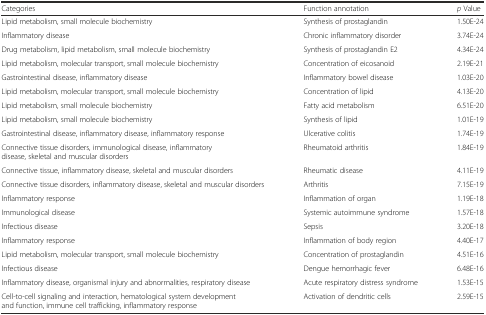
| Categories | Function annotation | p Value |
 | --- | --- | --- |
 | Lipid metabolism, small molecule biochemistry | Synthesis of prostaglandin | 1.50E-24 |
 | Inflammatory disease | Chronic inflammatory disorder | 3.74E-24 |
 | Drug metabolism, lipid metabolism, small molecule biochemistry | Synthesis of prostaglandin E2 | 4.34E-24 |
 | Lipid metabolism, molecular transport, small molecule biochemistry | Concentration of eicosanoid | 2.19E-21 |
 | Gastrointestinal disease, inflammatory disease | Inflammatory bowel disease | 1.03E-20 |
 | Lipid metabolism, molecular transport, small molecule biochemistry | Concentration of lipid | 4.13E-20 |
 | Lipid metabolism, small molecule biochemistry | Fatty acid metabolism | 6.51E-20 |
 | Lipid metabolism, small molecule biochemistry | Synthesis of lipid | 1.01E-19 |
 | Gastrointestinal disease, inflammatory disease, inflammatory response | Ulcerative colitis | 1.74E-19 |
 | Connective tissue disorders, immunological disease, inflammatory disease, skeletal and muscular disorders | Rheumatoid arthritis | 1.84E-19 |
 | Connective tissue, inflammatory disease, skeletal and muscular disorders | Rheumatic disease | 4.11E-19 |
 | Connective tissue disorders, inflammatory disease, skeletal and muscular disorders | Arthritis | 7.15E-19 |
 | Inflammatory response | Inflammation of organ | 1.19E-18 |
 | Immunological disease | Systemic autoimmune syndrome | 1.57E-18 |
 | Infectious disease | Sepsis | 3.20E-18 |
 | Inflammatory response | Inflammation of body region | 4.40E-17 |
 | Lipid metabolism, molecular transport, small molecule biochemistry | Concentration of prostaglandin | 4.51E-16 |
 | Infectious disease | Dengue hemorrhagic fever | 6.48E-16 |
 | Inflammatory disease, organismal injury and abnormalities, respiratory disease | Acute respiratory distress syndrome | 1.53E-15 |
 | Cell-to-cell signaling and interaction, hematological system development and function, immune cell trafficking, inflammatory response | Activation of dendritic cells | 2.59E-15 |